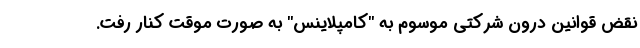
نقض قوانین درون شرکتی موسوم به "کامپلاینس" به صورت موقت کنار رفت.